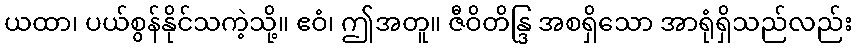
ယထာ၊ ပယ်စွန်နိုင်သကဲ့သို့။ ဧဝံ၊ ဤအတူ။ ဇီဝိတိန္ဒြ အစရှိသော အာရုံရှိသည်လည်း